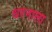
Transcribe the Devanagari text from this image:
धरनाला